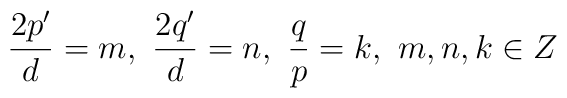
\frac{2p'}{d}=m, \, \, \frac{2q'}{d}=n, \, \, \frac{q}{p}=k, \, \, m,n, k \in Z